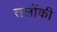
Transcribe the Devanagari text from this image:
तलोंकी